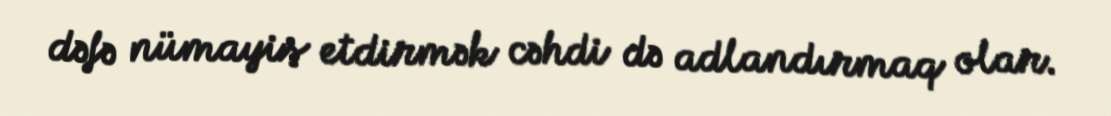
dəfə nümayiş etdirmək cəhdi də adlandırmaq olar.